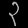
Digit: ၃